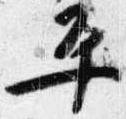
平